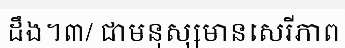
ដឹង។៣/ ជាមនុស្សមានសេរីភាព